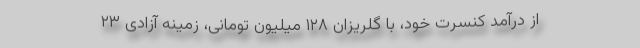
از درآمد کنسرت خود، با گلریزان ۱۲۸ میلیون تومانی، زمینه آزادی ۲۳